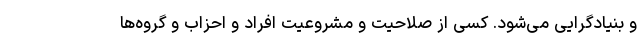
و بنیادگرایی می‌شود. کسی از صلاحیت و مشروعیت افراد و احزاب و گروه‌ها